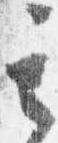
其